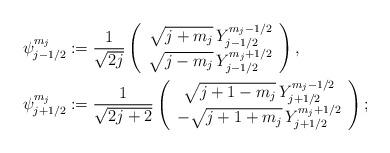
LaTeX: \begin{align*}\psi^{m_j}_{j-1/2}&:=\frac{1}{\sqrt{2j}}\left(\begin{array}{c}\sqrt{j+m_j}\,Y^{m_j-1/2}_{j-1/2}\\\sqrt{j-m_j}\,Y^{m_j+1/2}_{j-1/2}\\\end{array}\right),\\\psi^{m_j}_{j+1/2}&:=\frac{1}{\sqrt{2j+2}}\left(\begin{array}{c}\sqrt{j+1-m_j}\,Y^{m_j-1/2}_{j+1/2}\\-\sqrt{j+1+m_j}\,Y^{m_j+1/2}_{j+1/2}\\\end{array}\right);\end{align*}